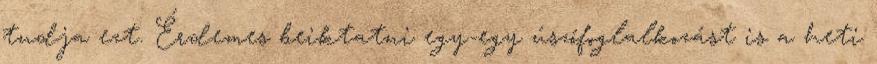
tudja ezt. Érdemes beiktatni egy-egy úszófoglalkozást is a heti